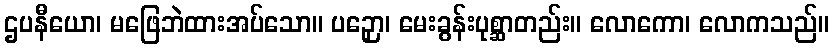
ဌပနီယော၊ မဖြေဘဲထားအပ်သော။ ပဉှော၊ မေးခွန်းပုစ္ဆာတည်း။ လောကော၊ လောကသည်။